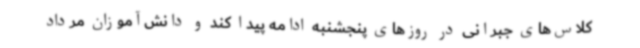
کلاس‌های جبرانی در روزهای پنجشنبه ادامه پیدا کند و دانش‌آموزان مرداد